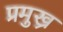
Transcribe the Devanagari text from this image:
प्रमुख्र